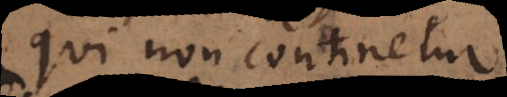
qui non continetur